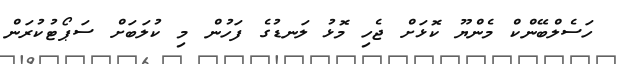
ހަސެލްބޭންކް މެންޔޫ ކޮޅަށް ޖެހި މޮޅު ލަނޑުގެ ފަހުން މި ކުލަބަށް ސަޕޯޓުކުރަން